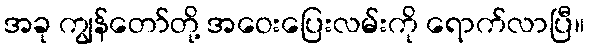
အခု ကျွန်တော်တို့ အဝေးပြေးလမ်းကို ရောက်လာပြီ။